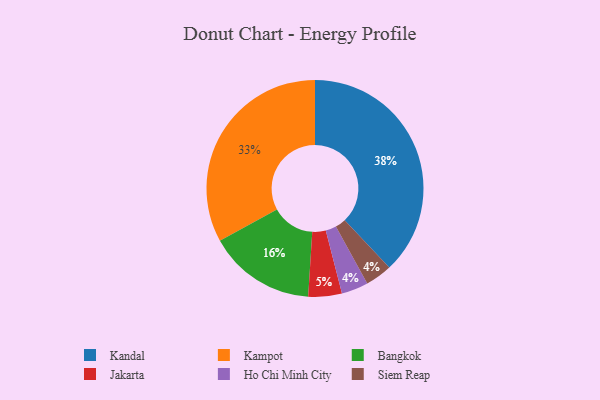
{"axis": {"x": "Category", "y": "Percentage"}, "legend": ["Bangkok", "Ho Chi Minh City", "Jakarta", "Kampot", "Kandal", "Siem Reap"], "data": [{"x": "Jakarta", "y": 5, "type": "Jakarta"}, {"x": "Kampot", "y": 33, "type": "Kampot"}, {"x": "Ho Chi Minh City", "y": 4, "type": "Ho Chi Minh City"}, {"x": "Siem Reap", "y": 4, "type": "Siem Reap"}, {"x": "Kandal", "y": 38, "type": "Kandal"}, {"x": "Bangkok", "y": 16, "type": "Bangkok"}]}